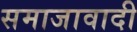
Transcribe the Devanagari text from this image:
समाजावादी